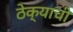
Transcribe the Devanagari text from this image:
ठेक्याची